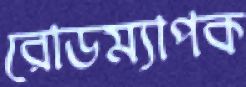
রোডম্যাপক